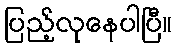
ပြည့်လုနေပါပြီ။